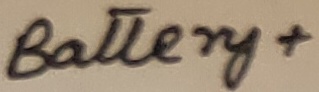
Text: Battery+